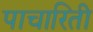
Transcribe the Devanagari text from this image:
पाचारिती